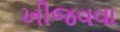
ખીજવવા